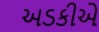
અડકીએ